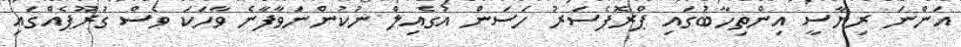
އަންނަ ރިޔާސީ އިންތިހާބުގައި ޕްރޮފެސަރު ހަސަން އުގެއިލް ނުކުންނަވާފާނެ ވާހަކަ ވެސް ގުރޫޕެއްގައި